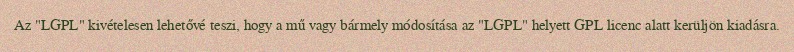
Az "LGPL" kivételesen lehetővé teszi, hogy a mű vagy bármely módosítása az "LGPL" helyett GPL licenc alatt kerüljön kiadásra.